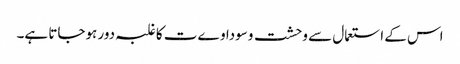
اس کے استعمال سے وحشت وسوداوےت کا غلبہ دور ہوجاتا ہے۔